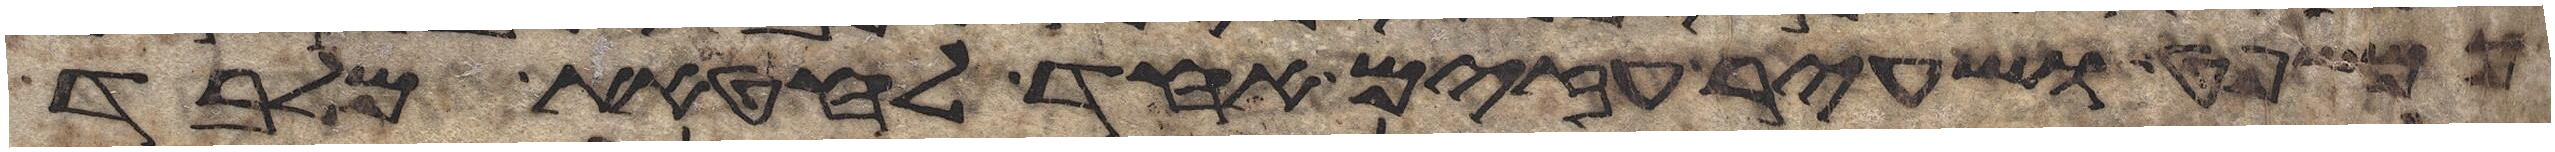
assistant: כמשפט ושעיר עזים אחד לחטאת מלבד